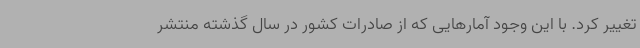
تغییر کرد. با این وجود آمارهایی که از صادرات کشور در سال گذشته منتشر